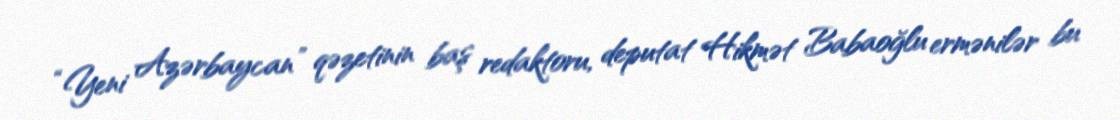
“Yeni Azərbaycan” qəzetinin baş redaktoru, deputat Hikmət Babaoğlu ermənilər bu